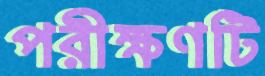
পরীক্ষণটি